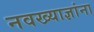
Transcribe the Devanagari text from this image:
नवख्याज्ञांना